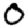
Digit: 0